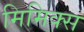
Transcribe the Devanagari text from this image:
मिमिक्स